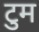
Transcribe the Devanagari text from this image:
टुम